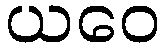
ယဝေ